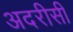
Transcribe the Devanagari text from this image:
अदरीसी